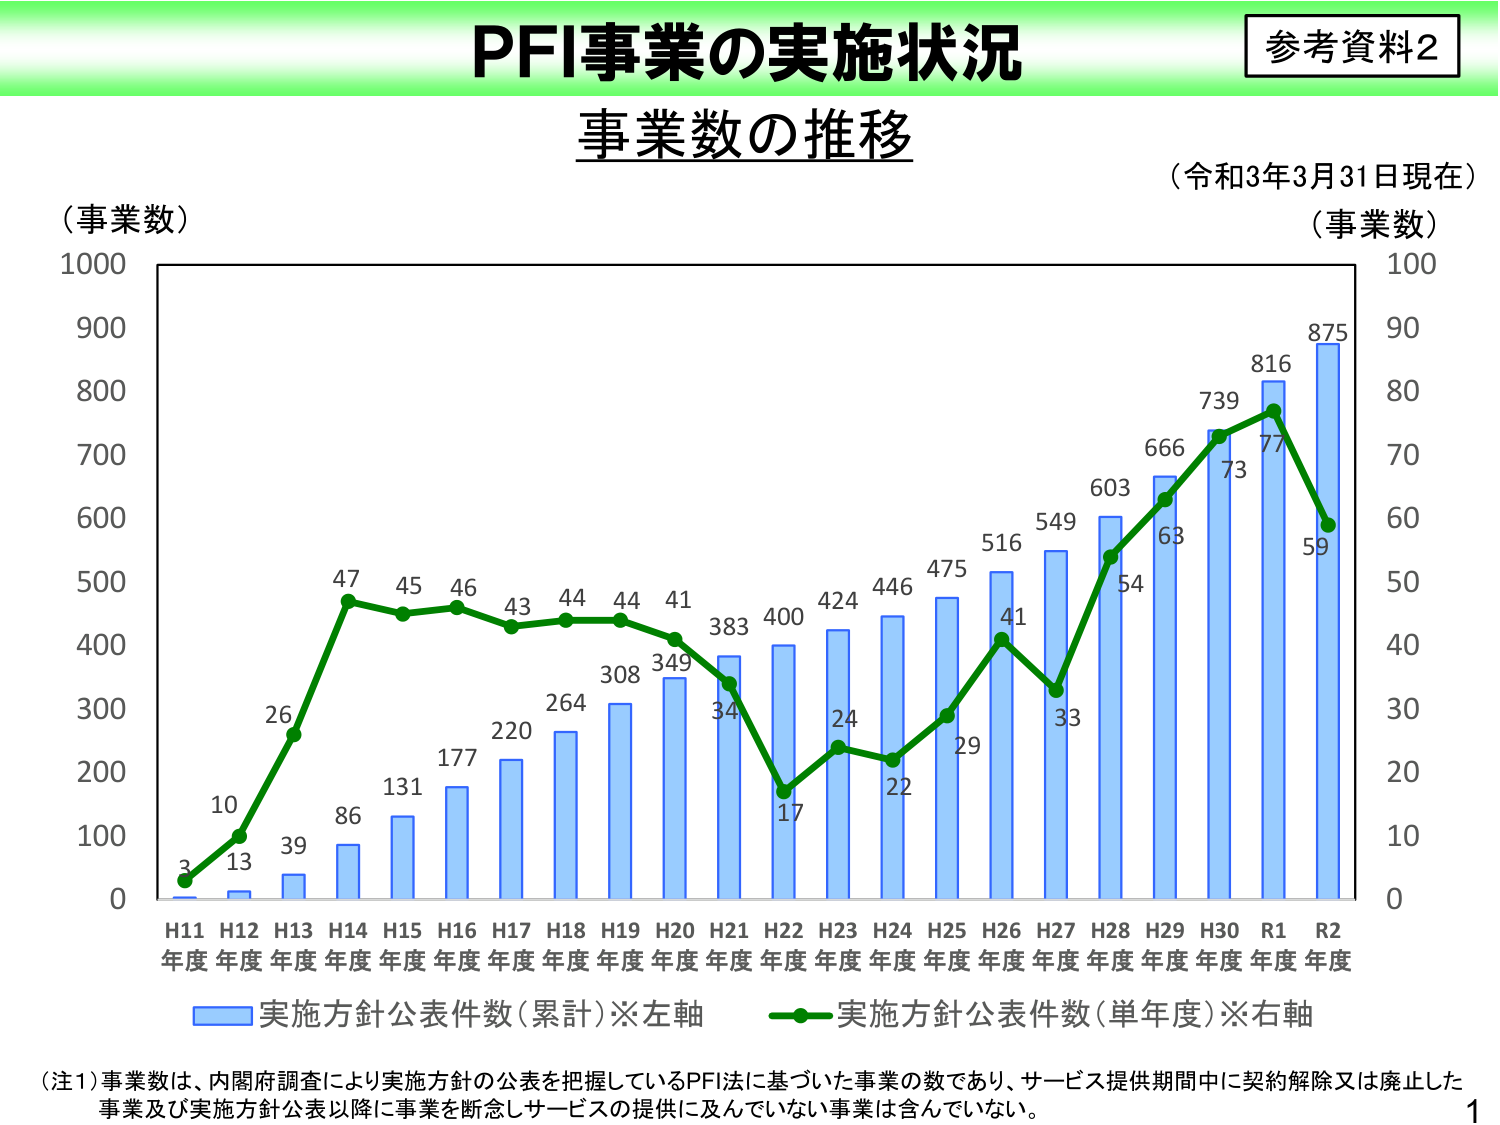
PFI事業の実施状況
参考資料2
事業数の推移
（令和3年3月31日現在）
（事業数）
1000
900
800
700
600
500
400
300
200
100
0
（事業数）
100
90
80
70
60
50
40
30
20
10
0
3
10
26
47
45
46
43
44
44
41
383
34
17
24
22
29
41
33
54
63
73
77
59
875
816
739
666
603
549
516
475
446
424
400
349
308
264
220
177
131
86
39
13
H11年度
H12年度
H13年度
H14年度
H15年度
H16年度
H17年度
H18年度
H19年度
H20年度
H21年度
H22年度
H23年度
H24年度
H25年度
H26年度
H27年度
H28年度
H29年度
H30年度
R1年度
R2年度
■実施方針公表件数（累計）※左軸
■実施方針公表件数（単年度）※右軸
（注1）事業数は、内閣府調査により実施方針の公表を把握しているPFI法に基づいた事業の数であり、サービス提供期間中に契約解除又は廃止した事業及び実施方針公表以降に事業を断念しサービスの提供に及んでいない事業は含んでいない。
1